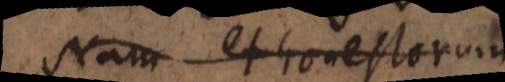
Nam et honestorum